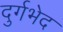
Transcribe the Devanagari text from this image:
दुर्गभेद